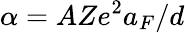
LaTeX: \alpha=AZe^{2}a_{F}/d